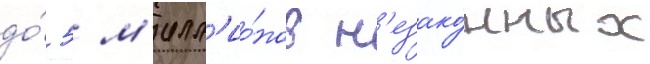
до́ 5 м'илл'ио́нов н'езако́нных